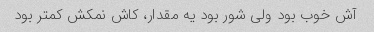
آش خوب بود ولی شور بود یه مقدار، کاش نمکش کمتر بود